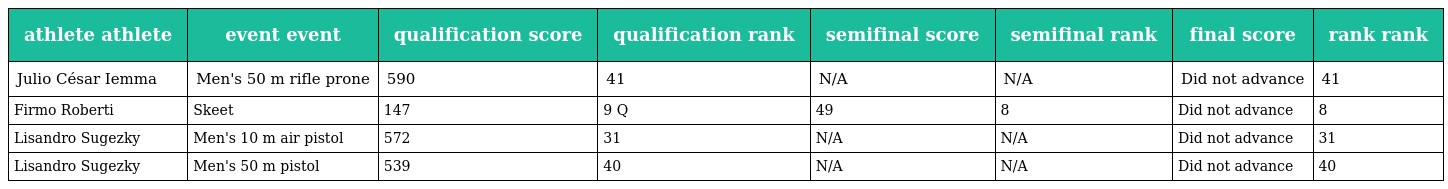
| athlete athlete | event event | qualification score | qualification rank | semifinal score | semifinal rank | final score | rank rank |
 | --- | --- | --- | --- | --- | --- | --- | --- |
 | Julio César Iemma | Men's 50 m rifle prone | 590 | 41 | N/A | N/A | Did not advance | 41 |
 | Firmo Roberti | Skeet | 147 | 9 Q | 49 | 8 | Did not advance | 8 |
 | Lisandro Sugezky | Men's 10 m air pistol | 572 | 31 | N/A | N/A | Did not advance | 31 |
 | Lisandro Sugezky | Men's 50 m pistol | 539 | 40 | N/A | N/A | Did not advance | 40 |